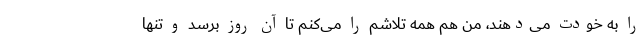
را به خودت می‌دهند، من هم همه تلاشم را می‌کنم تا آن روز برسد و تنها